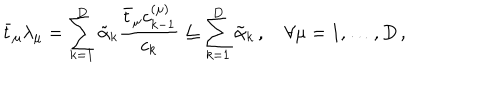
\bar { t } _ { \mu } \lambda _ { \mu } = \sum _ { k = 1 } ^ { D } \tilde { \alpha } _ { k } \frac { \bar { t } _ { \mu } c _ { k - 1 } ^ { ( \mu ) } } { c _ { k } } \leq \sum _ { k = 1 } ^ { D } \tilde { \alpha } _ { k } \, , \quad \forall \mu = 1 , \ldots , D \, ,